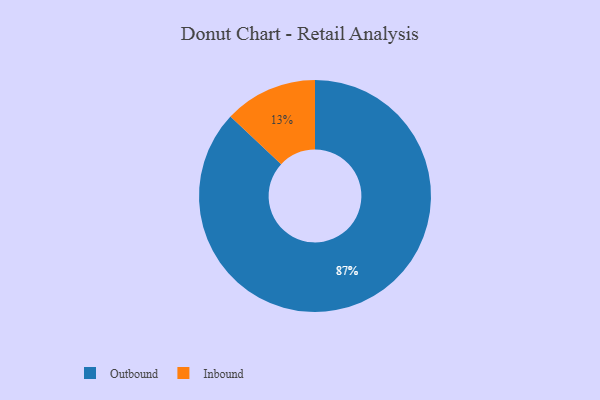
{"axis": {"x": "Category", "y": "Percentage"}, "legend": ["Inbound", "Outbound"], "data": [{"x": "Inbound", "y": 13, "type": "Inbound"}, {"x": "Outbound", "y": 87, "type": "Outbound"}]}